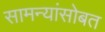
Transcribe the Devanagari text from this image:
सामन्यांसोबत